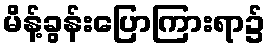
မိန့်ခွန်းပြောကြားရာ၌